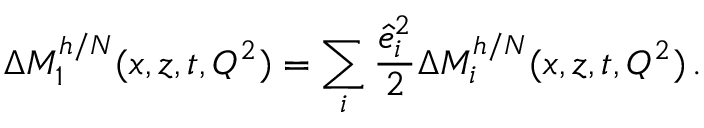
\Delta M _ { 1 } ^ { h / N } ( x , z , t , Q ^ { 2 } ) = \sum _ { i } \frac { \hat { e } _ { i } ^ { 2 } } { 2 } \Delta M _ { i } ^ { h / N } ( x , z , t , Q ^ { 2 } ) \, .